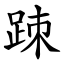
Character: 䟱